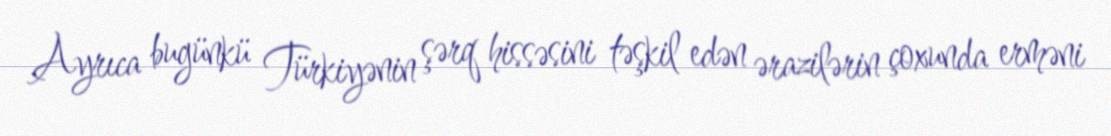
Ayrıca bugünkü Türkiyənin şərq hissəsini təşkil edən ərazilərin çoxunda erməni